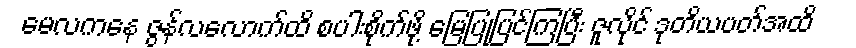
မေလကနေ ဇွန်လလောက်ထိ စပါးစိုက်ဖို့ မြေပြုပြင်ကြပြီး ဇူလိုင် ဒုတိယပတ်အထိ